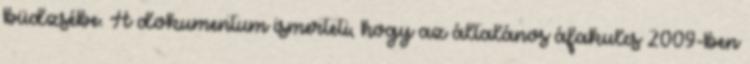
büdzsébe. A dokumentum ismerteti, hogy az általános áfakulcs 2009-ben